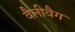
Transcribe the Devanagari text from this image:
वैलीवैग